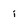
Character: i